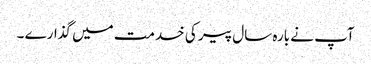
آپ نے بارہ سال پیر کی خدمت میں گذارے ۔